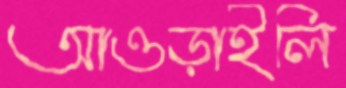
আওড়াইলি